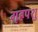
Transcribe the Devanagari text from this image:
गृहपशु